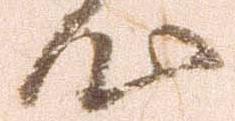
心